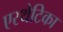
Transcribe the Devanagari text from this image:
एस्थेटिका